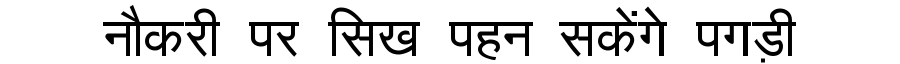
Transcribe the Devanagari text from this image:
नौकरी पर सिख पहन सकेंगे पगड़ी